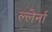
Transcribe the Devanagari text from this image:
ल्लेर्ना